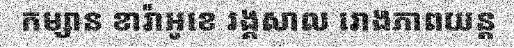
កម្សាន ខារ៉ាអូខេ រង្គសាល រោងភាពយន្ត